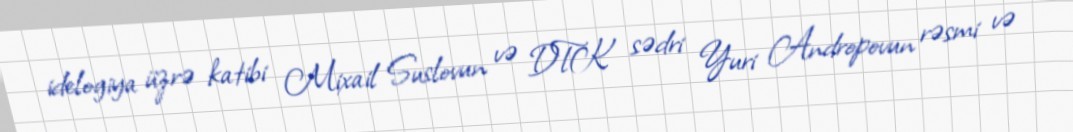
idelogiya üzrə katibi Mixail Suslovun və DTK sədri Yuri Andropovun rəsmi və